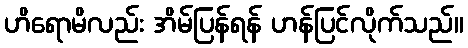
ဟိရောမိလည်း အိမ်ပြန်ရန် ဟန်ပြင်လိုက်သည်။